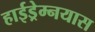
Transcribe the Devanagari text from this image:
हाईड्रेम्नयास